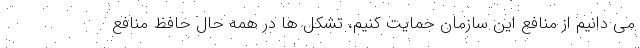
می دانیم از منافع این سازمان حمایت کنیم، تشکل ها در همه حال حافظ منافع